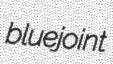
bluejoint